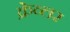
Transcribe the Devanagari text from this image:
क्रेव्लर